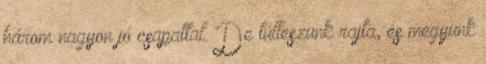
három nagyon jó csapattal. De túlleszünk rajta, és megyünk